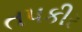
તપકીર